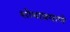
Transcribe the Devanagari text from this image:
शोधाप्रमाणे